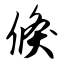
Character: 倏